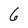
Character: 6